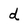
Character: d